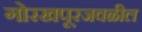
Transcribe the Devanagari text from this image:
गोरखपूरजवळील